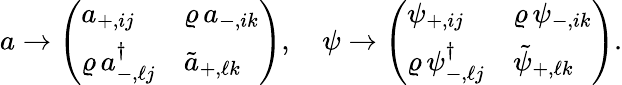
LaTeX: a\rightarrow\left(\begin{array}{ll}{{a_{+,ij}}}&{{\varrho\, a_{-,ik}}}\\ {{\varrho\, a_{-,\ell j}^{\dagger}}}&{{\tilde{a}_{+,\ell k}}}\end{array}\right),\quad\psi\rightarrow\left(\begin{array}{ll}{{\psi_{+,ij}}}&{{\varrho\, \psi_{-,ik}}}\\ {{\varrho\, \psi_{-,\ell j}^{\dagger}}}&{{\tilde{\psi}_{+,\ell k}}}\end{array}\right).